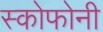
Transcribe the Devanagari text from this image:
स्कोफोनी